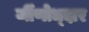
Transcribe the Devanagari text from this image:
र्जीणोध्दार